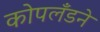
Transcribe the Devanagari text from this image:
कोपलँडने